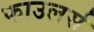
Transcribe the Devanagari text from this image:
फाउलर्स